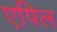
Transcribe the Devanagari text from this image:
एपिल